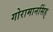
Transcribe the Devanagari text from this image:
गोरामानसिंह्